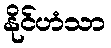
နိုင်ဟံသာ